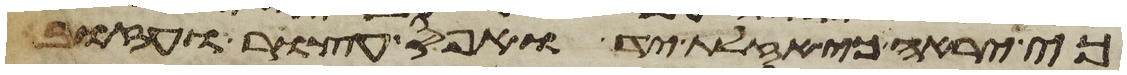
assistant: כי יראה כי אזלת יד ואפס עצור ועזוב